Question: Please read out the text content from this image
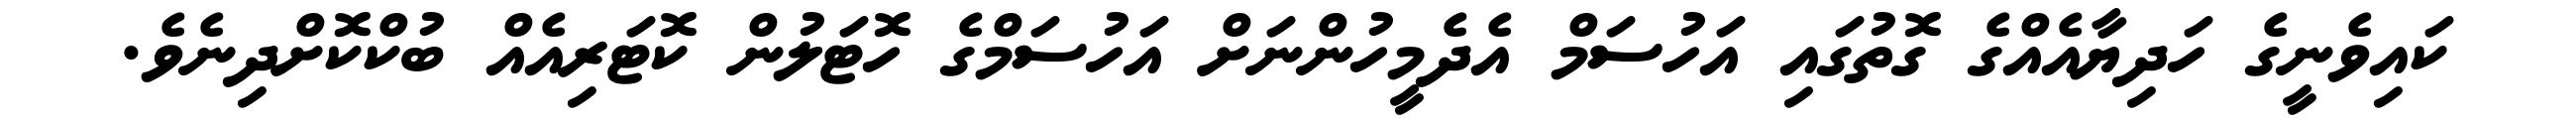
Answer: ކައިވެނީގެ ހަދިޔާއެއްގެ ގޮތުގައި އަހުސަމް އެދެމީހުންނަށް އަހުސަމްގެ ހޮޓަލުން ކޮޓަރިއެއް ބުކްކޮށްދިނެވެ.